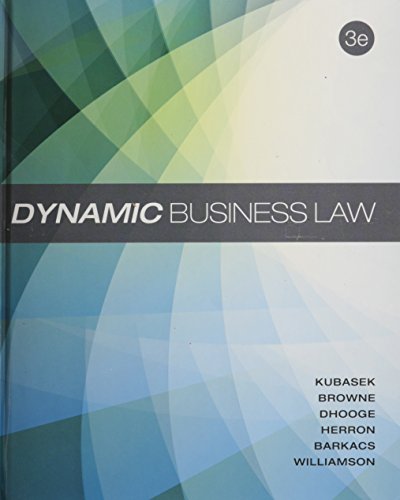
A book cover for Dynamic Business Law; Nancy Kubasek; Law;